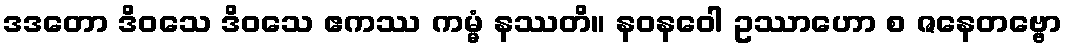
ဒဒတော ဒိဝသေ ဒိဝသေ ဧကဿ ကမ္မံ နဿတိ။ နဝနဝေါ ဥဿာဟော စ ဇနေတဗ္ဗော